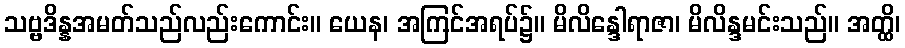
သဗ္ဗဒိန္နအမတ်သည်လည်းကောင်း။ ယေန၊ အကြင်အရပ်၌။ မိလိန္ဒေါရာဇာ၊ မိလိန္ဒမင်းသည်။ အတ္ထိ၊